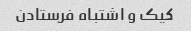
کیک و اشتباه فرستادن